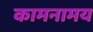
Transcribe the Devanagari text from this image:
कामनामय